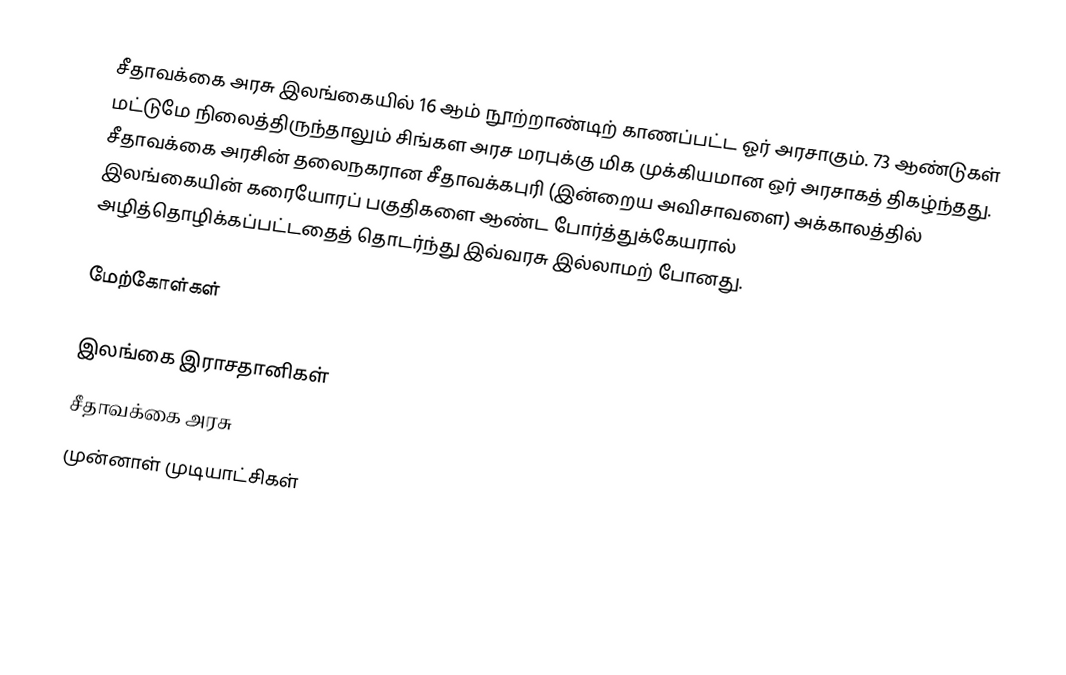
சீதாவக்கை அரசு இலங்கையில் 16 ஆம் நூற்றாண்டிற் காணப்பட்ட ஓர் அரசாகும். 73 ஆண்டுகள் மட்டுமே நிலைத்திருந்தாலும் சிங்கள அரச மரபுக்கு மிக முக்கியமான ஒர் அரசாகத் திகழ்ந்தது. சீதாவக்கை அரசின் தலைநகரான சீதாவக்கபுரி (இன்றைய அவிசாவளை) அக்காலத்தில் இலங்கையின் கரையோரப் பகுதிகளை ஆண்ட போர்த்துக்கேயரால் அழித்தொழிக்கப்பட்டதைத் தொடர்ந்து இவ்வரசு இல்லாமற் போனது.

மேற்கோள்கள்

இலங்கை இராசதானிகள்
சீதாவக்கை அரசு
முன்னாள் முடியாட்சிகள்